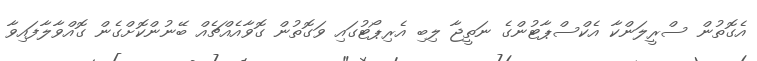
އެގޮތުން ސްރީލަންކާ އެކްސްޕާޓުންގެ ނަތީޖާ ލިބި އެރިޕޯޓުގައި ވަގޮތުން ގޮވާއެއްޗެއް ބޭނުންކޮށްގެން ގޮއްވާލާފައިވާ